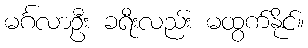
မင်္ဂလာဦး ခရီးလည်း မထွက်နိုင်။